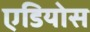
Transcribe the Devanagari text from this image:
एडियोस